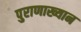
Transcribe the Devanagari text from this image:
पुराणाख्यान